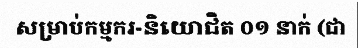
សម្រាប់កម្មករ-និយោជិត ០១ នាក់ (ជា